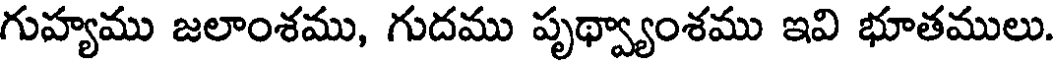
గుహ్యము జలాంశము, గుదము పృథ్వ్యాంశము ఇవి భూతములు.